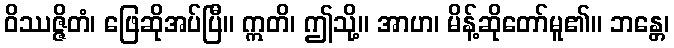
ဝိဿဇ္ဇိတံ၊ ဖြေဆိုအပ်ပြီ။ ဣတိ၊ ဤသို့။ အာဟ၊ မိန့်ဆိုတော်မူ၏။ ဘန္တေ၊